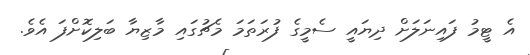
އެ ޓީމު ފައިނަލަށް ދިޔައީ ސެމީގެ ފުރަތަމަ މެޗުގައި މާޒިޔާ ބަލިކޮށްފަ އެވެ.